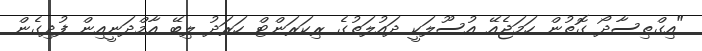
"އިގްތިސާދޯ ގޮތުން ހަމަޖެއޭ އުސޫލަކީ ދައުލަތުގެ ރިކަރަންޓް ހަރަދު ލިބޭ އާމްދަނީއިން ފުދިގެން